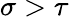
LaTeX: \sigma>\tau